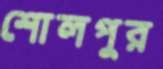
শোলপুর